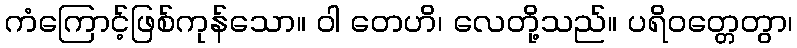
ကံကြောင့်ဖြစ်ကုန်သော။ ဝါ တေဟိ၊ လေတို့သည်။ ပရိဝတ္တေတွာ၊